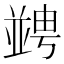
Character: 𠁔